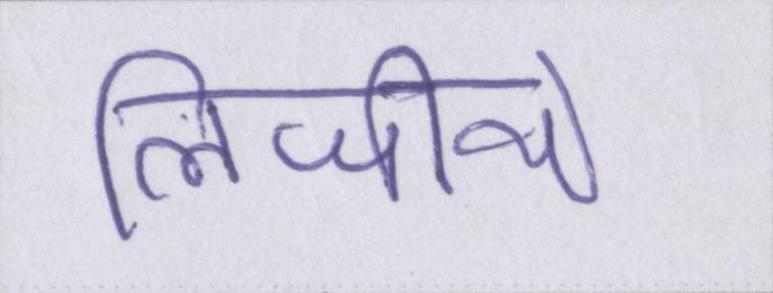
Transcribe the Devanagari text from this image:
लिजीये